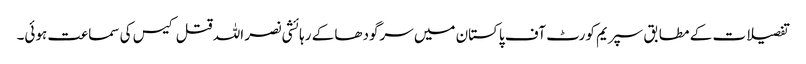
تفصیلات کے مطابق سپریم کورٹ آف پاکستان میں سرگودھا کے رہائشی نصر اللہ قتل کیس کی سماعت ہوئی۔